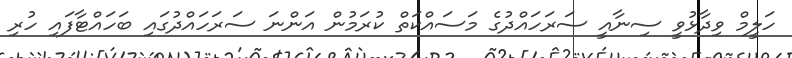
ހަލީމް ވިދާޅުވީ ސިނާއީ ސަރަހައްދުގެ މަސައްކަތް ކުރަމުން އަންނަ ސަރަހައްދުގައި ބަހައްޓާފައި ހުރި